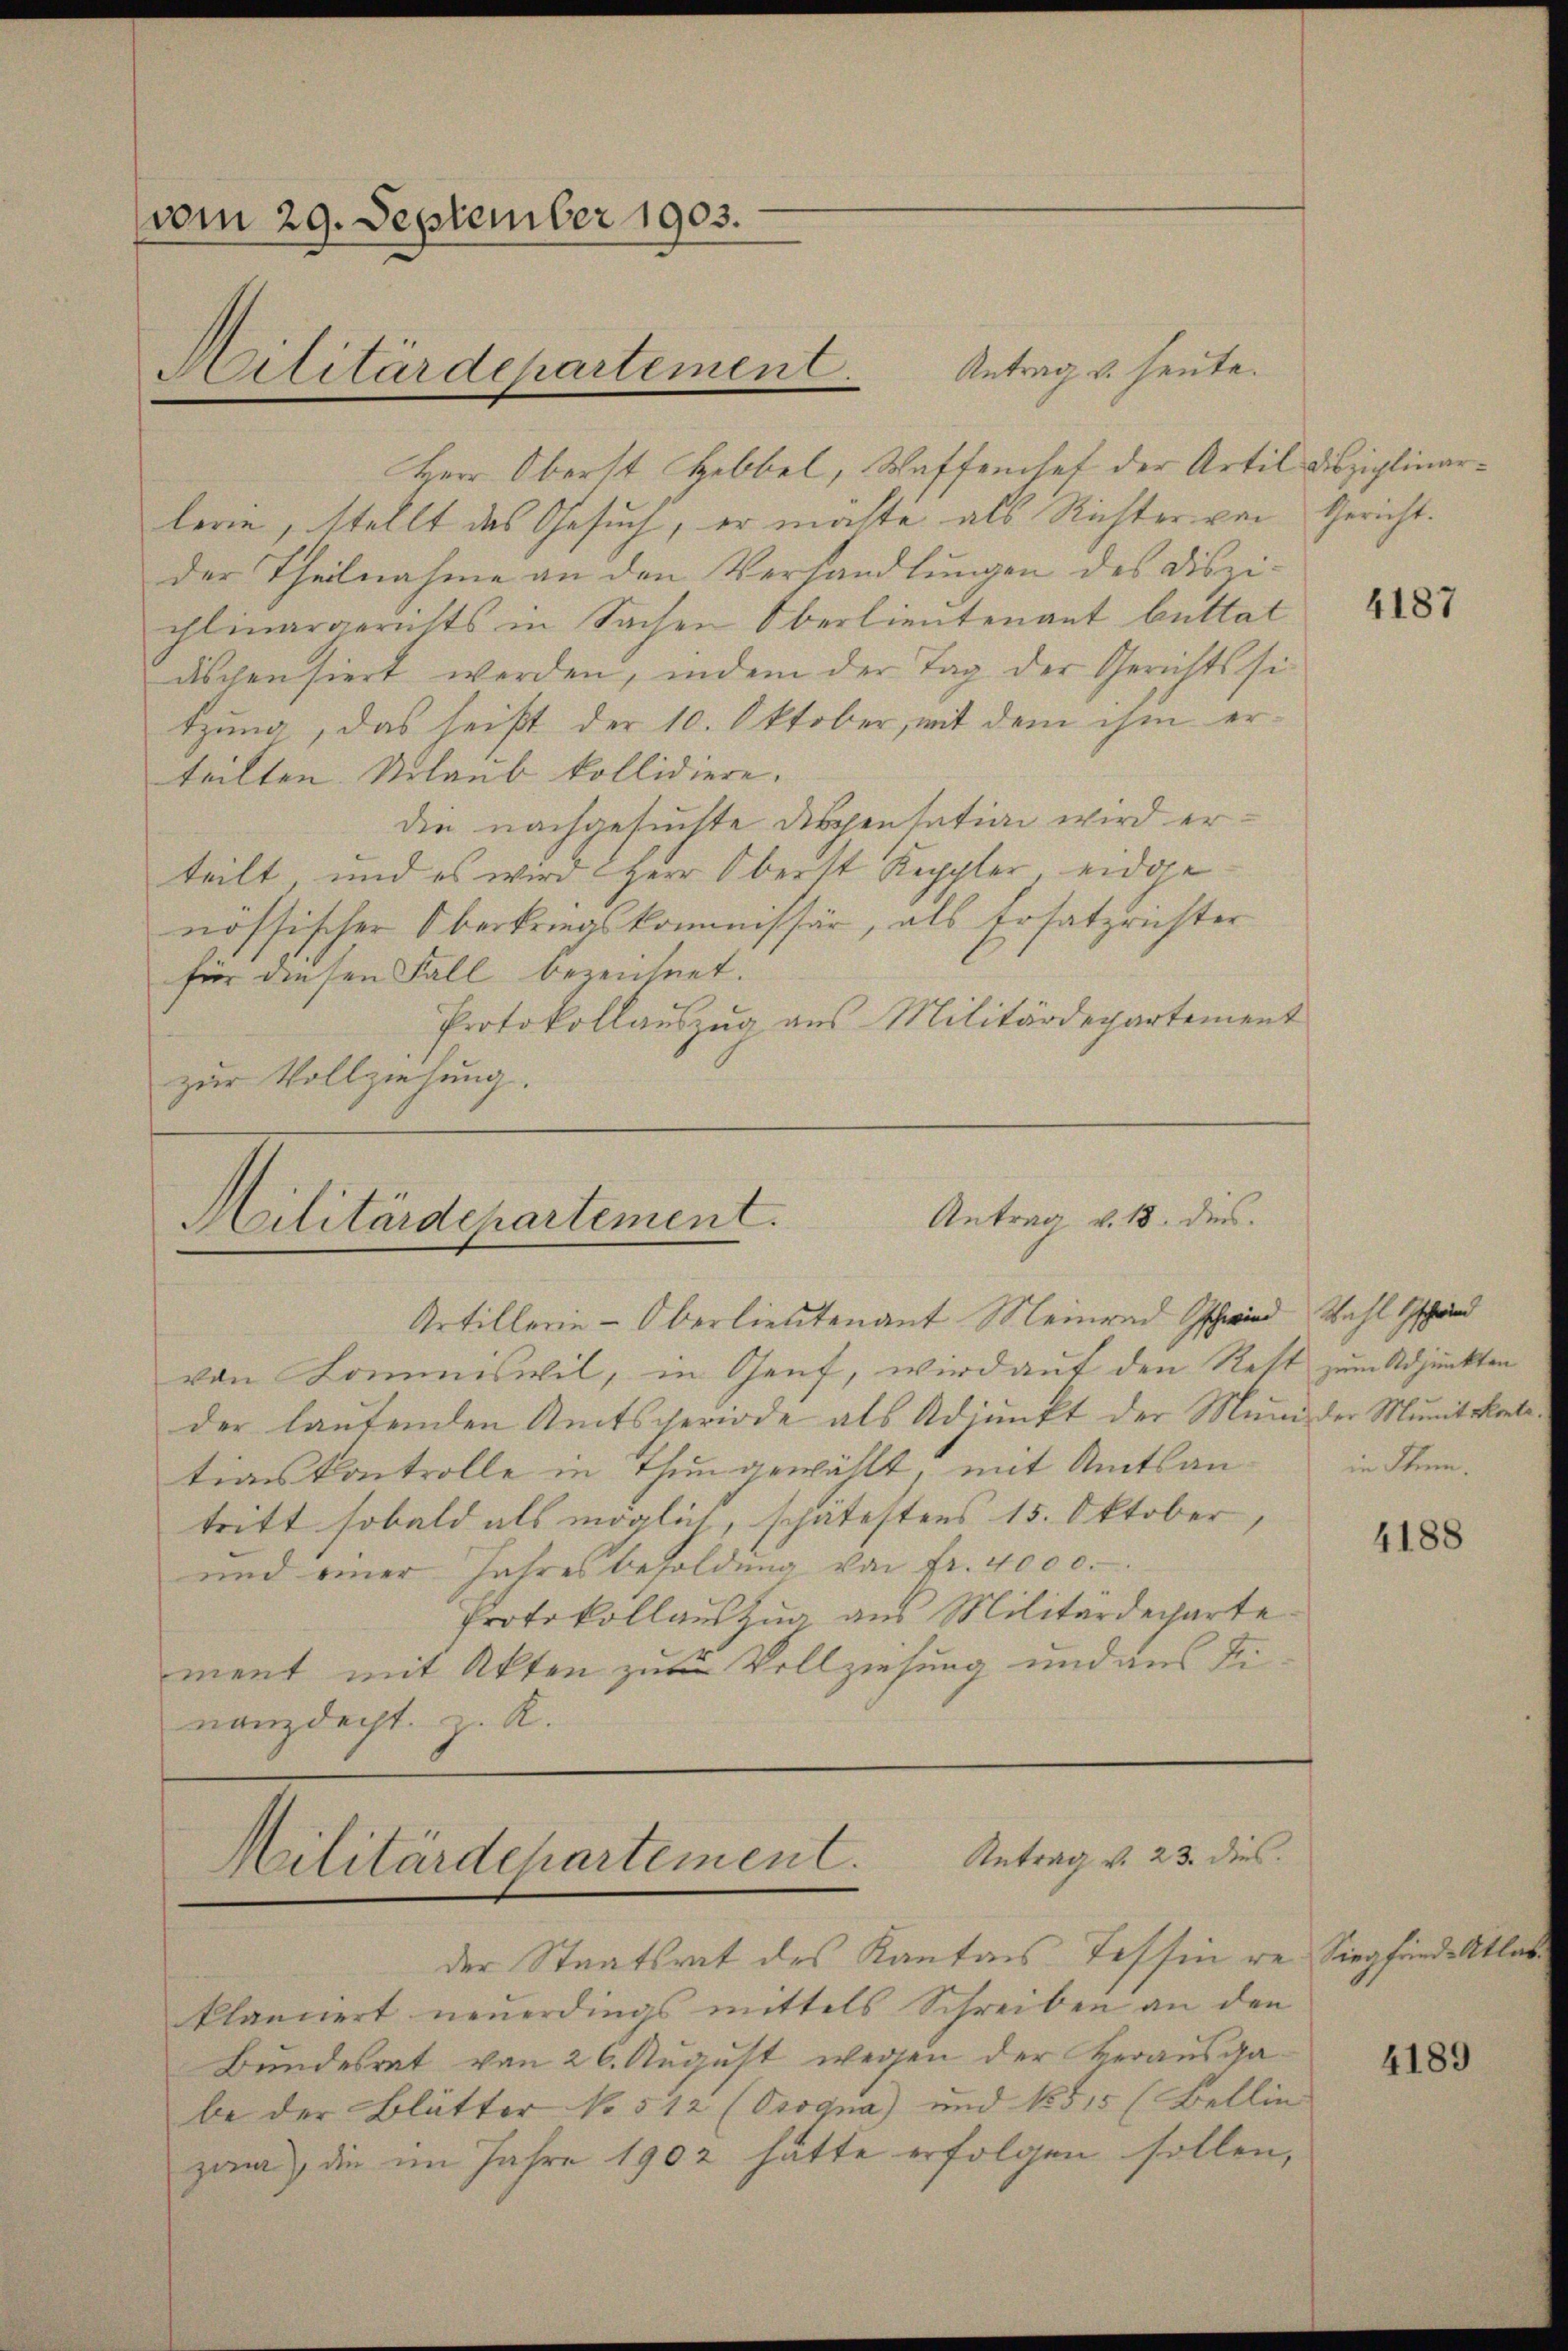
vom 29. September 1903.
Silitärdepartemen.

Antrag u. heute.
Herr Oberst Hebbel, Waffenhef der Artil Disziplinarlern, stellt das Gesuch, er machte als Richter von Gericht.
der Theilnahme an den Verhandlungen des Diszi-
chlinargerichts in Sachen Oberlieutenant bettat
dischensiert werden, indem der Tag der Gerichtssi-
tzung, das heißt der 10. Oktober, mit dem ihm erteilten Urlaub kollidiere.
die nachgesuchte Dispensation wird erteilt, und es wird Herr Oberst Keppler, eidge
nössischer Oberkriegskommissär, als Ersatzrichter
für diesen Fall bezeichnet.
Protokollauszug aus Militärdepartement
zur Vollziehung.

Militärdepartement. Antrag v. 18. dies

Artillerie-Oberlieutenant Meinrad Schwind Wahl schri
von Kommiswil, in Genf, wird auf den Rest zum Adjunkten
der lautenden Amtsperiode als Adjunkt der Mund der Munitkontetionskontrolle in thun gewählt, mit Amtsantritt sobald als möglich, schätestens 15. Oktober,
und einer Jahresbesoldung von fr. 4000.
Protokollauszug aus Militärdecharte
ment mit Akten zur Vollziehung und aus Tinanzdecht, z. R.

Antrag v. 23. dies
Militärdehartement.

der Staatsrat des Kantons Tessin re Siegfunde Atlas
klännert neuerdings mittels Schreiben an den
Bundesrat von 26. August wegen der Herausgabe der Blätter No 512 (Progna) und 18515 (Bellin
zwa), die im Jahre 1902 hätte erfolgen sollen,

4187

in Stein.

4188

4189